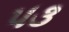
પ૩